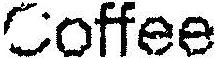
COFFEE